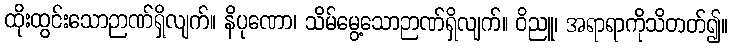
ထိုးထွင်းသောဉာဏ်ရှိလျက်။ နိပုဏော၊ သိမ်မွေ့သောဉာဏ်ရှိလျက်။ ဝိညူ၊ အရာရာကိုသိတတ်၍။